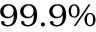
9 9 . 9 \%